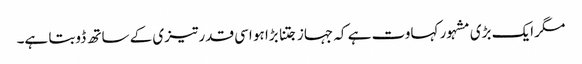
مگر ایک بڑی مشہور کہاوت ہے کہ جہاز جتنا بڑا ہو اسی قدر تیزی کے ساتھ ڈوبتا ہے۔